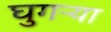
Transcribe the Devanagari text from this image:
घुगऱ्या